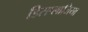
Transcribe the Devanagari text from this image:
डिसप्लाजिया